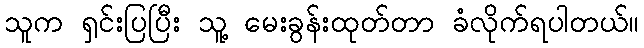
သူက ရှင်းပြပြီး သူ့ မေးခွန်းထုတ်တာ ခံလိုက်ရပါတယ်။